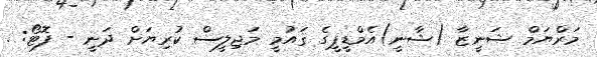
މަރްޔަމް ޝަނީޒާ (ޝާނީ)އެމްޑީޕީގެ ޤައުމީ މަޖިލީސް ކުރިޔަށް ދަނީ - ފޮޓޯ: .